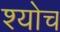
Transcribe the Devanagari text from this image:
श्योच